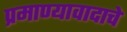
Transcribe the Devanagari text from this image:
प्रमाण्यावादाचे